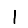
Digit: 1